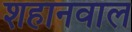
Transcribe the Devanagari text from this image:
शहानवाल